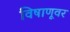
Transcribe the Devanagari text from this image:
विषाणूवर